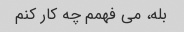
بله، می فهمم چه کار کنم